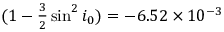
( 1 - { \textstyle \frac { 3 } { 2 } } \sin ^ { 2 } i _ { 0 } ) = - 6 . 5 2 \times 1 0 ^ { - 3 }